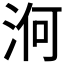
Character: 𣵣